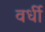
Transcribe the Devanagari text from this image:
वर्धी